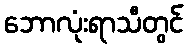
ဘောလုံးရာသီတွင်